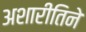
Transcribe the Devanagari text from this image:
अशारीतिने